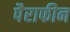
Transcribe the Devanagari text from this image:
पैराफीन